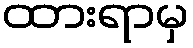
ထားရာမှ